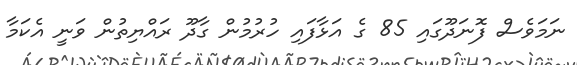
ނަމަވެސް ފޮނަދޫގައި 85 ގެ އަޅާފައި ހުރުމުން ގާދޫ ރައްޔިތުން ވަނީ އެކަމާ